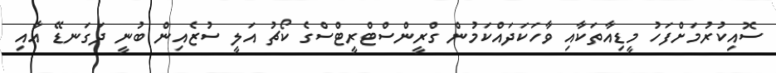
ސޮއިކުރުމަށްފަހު މީޑިއާތަކާއި ވާހަކަދައްކަމުން ގްރީންސްޓްރީޓްސްގެ ކޯޗު އަލީ ސުޒެއިން ބުނީ ދަގަނޑޭ އާއި